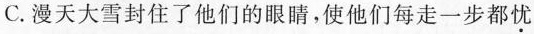
C.漫天大雪封住了他们的眼睛，使他们每走一步都\underset{·}{忧}